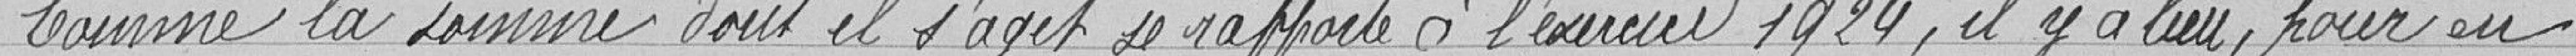
Comme la somme dont il s'agit de rapporter à l'exercice 1924, il y a lieu, pour en